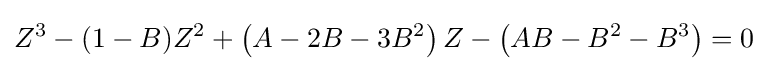
Z^{3}-(1-B)Z^{2}+\left(A-2B-3B^{2}\right)Z-\left(AB-B^{2}-B^{3}\right)=0